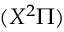
( X ^ { 2 } \Pi )